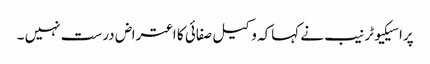
پراسیکیوٹر نیب نے کہاکہ وکیل صفائی کا اعتراض درست نہیں ۔